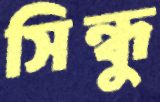
সিন্ধু